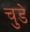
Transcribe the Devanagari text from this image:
चुडे